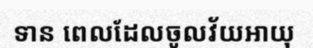
ទាន ពេលដែលចូលវ័យអាយុ